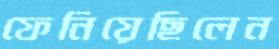
ফেনিয়েছিলেন